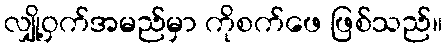
လျှို့ဝှက်အမည်မှာ ကိုစက်ဖေ ဖြစ်သည်။